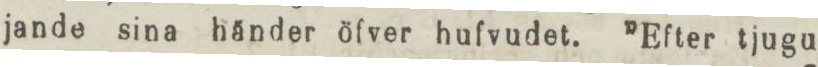
jande sina händer öfver hufvudet. ”Efter tjugu